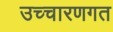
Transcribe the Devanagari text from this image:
उच्‍चारणगत